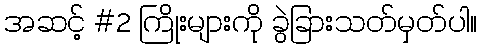
အဆင့် #2 ကြိုးများကို ခွဲခြားသတ်မှတ်ပါ။